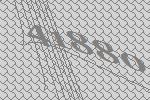
41880